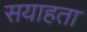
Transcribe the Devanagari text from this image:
सयाहता